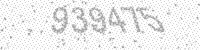
Solution: 939475